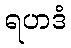
ရဟဒံ